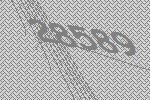
28589